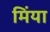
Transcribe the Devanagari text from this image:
मिंया